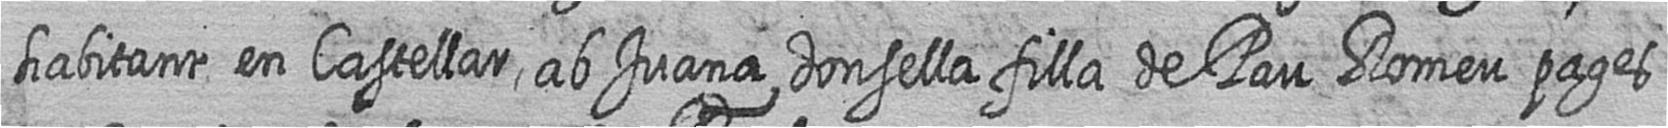
habitant en Castellar ab Juana donsella filla de Pau Romeu pages